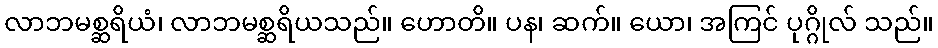
လာဘမစ္ဆရိယံ၊ လာဘမစ္ဆရိယသည်။ ဟောတိ။ ပန၊ ဆက်။ ယော၊ အကြင် ပုဂ္ဂိုလ် သည်။